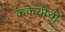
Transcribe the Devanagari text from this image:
कैकेयीची